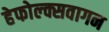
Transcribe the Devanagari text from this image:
हेफोल्क्सवागन